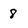
Character: 8